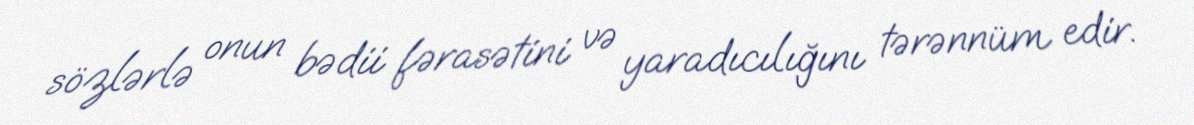
sözlərlə onun bədii fərasətini və yaradıcılığını tərənnüm edir.